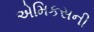
એમિકસની